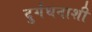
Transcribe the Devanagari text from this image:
दुर्गंधनाशी